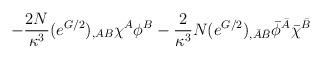
LaTeX: \begin{align*}- \frac{2N}{\kappa^3} (e^{G/2})_{,AB} \chi^A\phi^B - \frac{2}{\kappa^3} N (e^{G/2})_{,\bar A \bar B} \bar\phi^{\bar A}\bar\chi^{\bar B}\end{align*}